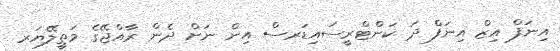
އިނަފް އިޒް އިނަފް ދަ ކަންޓްރީސައިޑަރސް އިން ނަށް ދެން ރާއްޖޭގެ މަތީލޭޔަރ